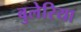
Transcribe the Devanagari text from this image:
बुलेरिया